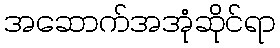
အဆောက်အအုံဆိုင်ရာ